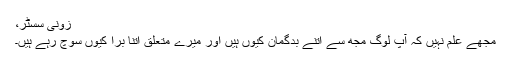
زونی سسٹر،
مجھے علم نہیں کہ آپ لوگ مجھ سے اتنے بدگمان کیوں ہیں اور میرے متعلق اتنا برا کیوں سوچ رہے ہیں۔